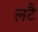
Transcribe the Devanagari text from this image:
लटै